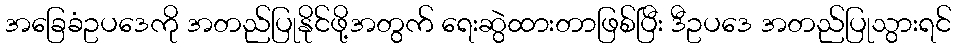
အခြေခံဥပဒေကို အတည်ပြုနိုင်ဖို့အတွက် ရေးဆွဲထားတာဖြစ်ပြီး ဒီဥပဒေ အတည်ပြုသွားရင်